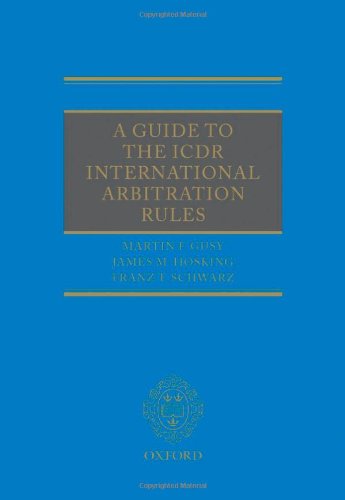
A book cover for A Guide to the ICDR International Arbitration Rules; Martin F. Gusy; Law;